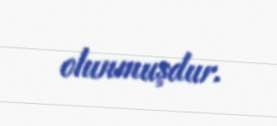
olunmuşdur.